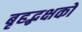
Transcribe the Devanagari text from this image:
बृहद्भक्षकों